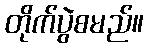
တိုက်ပွဲစမည်။